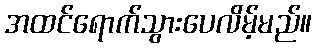
အထင်ရောက်သွားပေလိမ့်မည်။